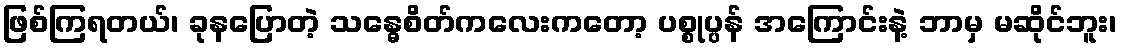
ဖြစ်ကြရတယ်၊ ခုနပြောတဲ့ သန္ဓေစိတ်ကလေးကတော့ ပစ္စုပ္ပန် အကြောင်းနဲ့ ဘာမှ မဆိုင်ဘူး၊